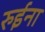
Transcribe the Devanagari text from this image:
रुईना